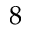
8